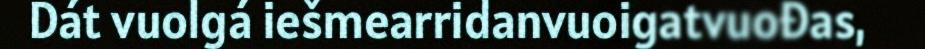
Dát vuolgá iešmearridanvuoigatvuođas,